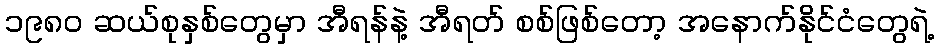
၁၉၈၀ ဆယ်စုနှစ်တွေမှာ အီရန်နဲ့ အီရတ် စစ်ဖြစ်တော့ အနောက်နိုင်ငံတွေရဲ့